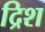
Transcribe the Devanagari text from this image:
द्रिश